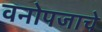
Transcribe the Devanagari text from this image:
वनोपजाचे